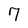
Character: 7